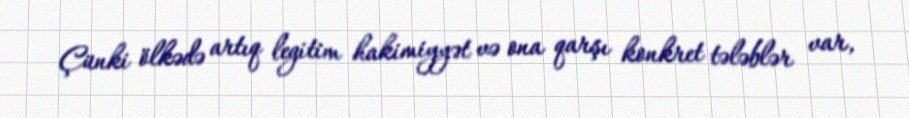
Çünki ölkədə artıq legitim hakimiyyət və ona qarşı konkret tələblər var,